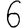
Digit: 6